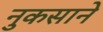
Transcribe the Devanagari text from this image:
नुकसाने